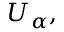
U _ { \alpha } ,